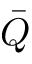
\bar { Q }